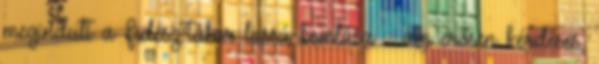
megindult a Fidesz-tábor lassú bomlása – ám erősen kérdéses,